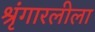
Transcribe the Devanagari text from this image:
श्रृंगारलीला